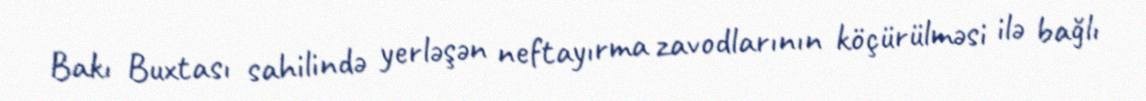
Bakı Buxtası sahilində yerləşən neftayırma zavodlarının köçürülməsi ilə bağlı